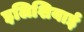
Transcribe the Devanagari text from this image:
इलिशियाई